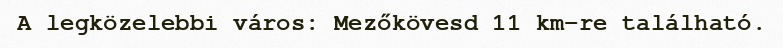
A legközelebbi város: Mezőkövesd 11 km-re található.